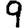
Digit: 9